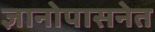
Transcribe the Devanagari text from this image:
ज्ञानोपासनेत